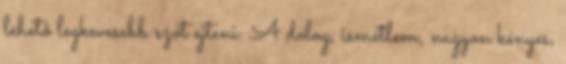
lehető legkevesebb szót ejteni. A dolog, ismétlem, nagyon kényes,